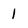
Character: l